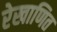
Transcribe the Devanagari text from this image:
रेखाणित